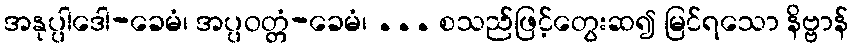
အနုပ္ပါဒေါ-ခေမံ၊ အပ္ပဝတ္တံ-ခေမံ၊ ... စသည်ဖြင့်တွေးဆ၍ မြင်ရသော နိဗ္ဗာန်